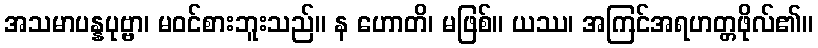
အသမာပန္နပုဗ္ဗာ၊ မဝင်စားဘူးသည်။ န ဟောတိ၊ မဖြစ်။ ယဿ၊ အကြင်အရဟတ္တဖိုလ်၏။